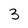
Character: 3